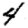
Digit: 4